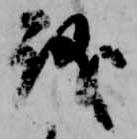
議